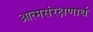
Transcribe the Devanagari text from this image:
आत्मसंरक्षणार्थ